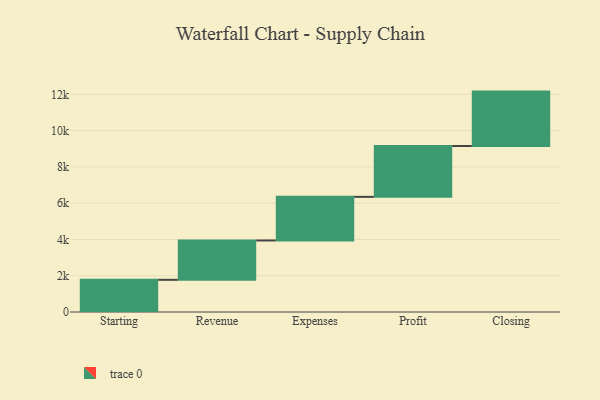
{"axis": {"x": "Step", "y": "Value"}, "legend": [""], "data": [{"x": "Starting", "y": 1774.0, "type": ""}, {"x": "Revenue", "y": 2171.0, "type": ""}, {"x": "Expenses", "y": 2405.0, "type": ""}, {"x": "Profit", "y": 2805.0, "type": ""}, {"x": "Closing", "y": 3000, "type": ""}]}